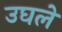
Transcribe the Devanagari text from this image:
उघले